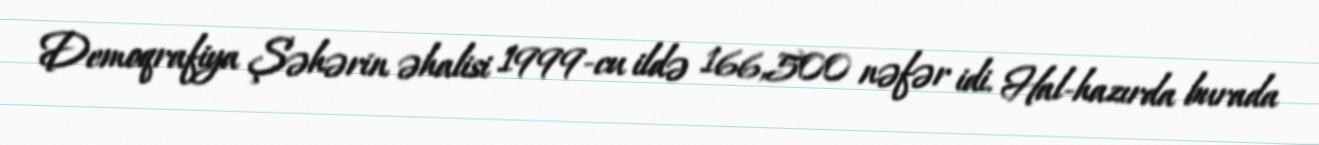
Demoqrafiya Şəhərin əhalisi 1999-cu ildə 166,500 nəfər idi. Hal-hazırda burada